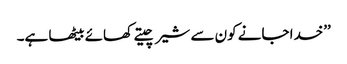
’’خدا جانے کون سے شیر چیتے کھائے بیٹھا ہے۔